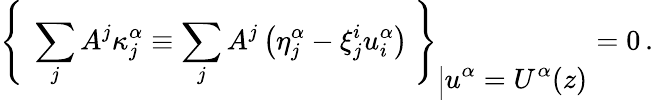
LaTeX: {\left\{ \ \sum_{j}A^{j}\kappa_{j}^{\alpha}\equiv\sum_{j}A^{j}\left(\eta_{j}^{\alpha}-\xi_{j}^{i}u_{i}^{\alpha}\right)\ \right\} }_{\Big\vert\displaystyle{u^{\alpha}=U^{\alpha}(z)}}=0\, .